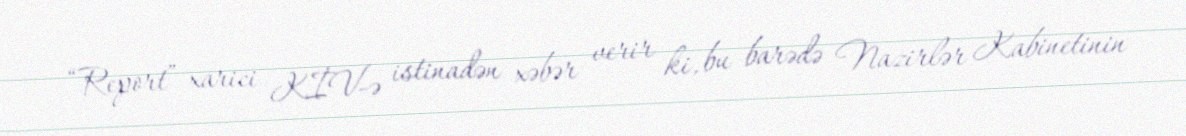
“Report” xarici KİV-ə istinadən xəbər verir ki, bu barədə Nazirlər Kabinetinin